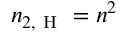
n _ { 2 , \mathrm { ~ H ~ } } = n ^ { 2 }